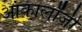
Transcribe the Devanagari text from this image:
आंकालॉजी